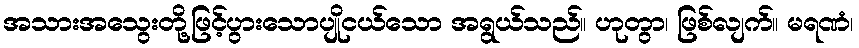
အသားအသွေးတို့ဖြင့်ပွားသောပျိုငယ်သော အရွယ်သည်။ ဟုတွာ၊ ဖြစ်လျက်။ မရဏံ၊